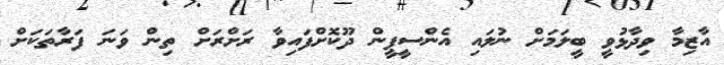
އާޒިމާ ވިދާޅުވީ ބީލަމަށް ނުލައި އެންސީޕީން ދޫކޮށްފައިވާ ރަށްރަށް ތިން ވަނަ ފަރާތަކަށް